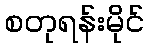
စတုရန်းမိုင်